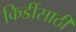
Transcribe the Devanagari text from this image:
किडींसाठी